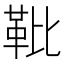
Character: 𩉫